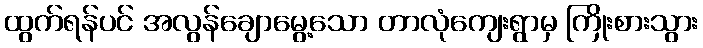
ထွက်ရန်ပင် အလွန်ချောမွေ့သော တာလုံကျေးရွာမှ ကြိုးစားသွား